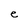
Character: e